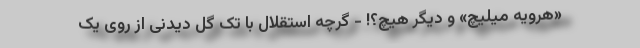
«هرویه میلیچ» و دیگر هیچ؟! - گرچه استقلال با تک گل دیدنی از روی یک